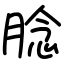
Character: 腍